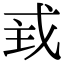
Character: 𢦴